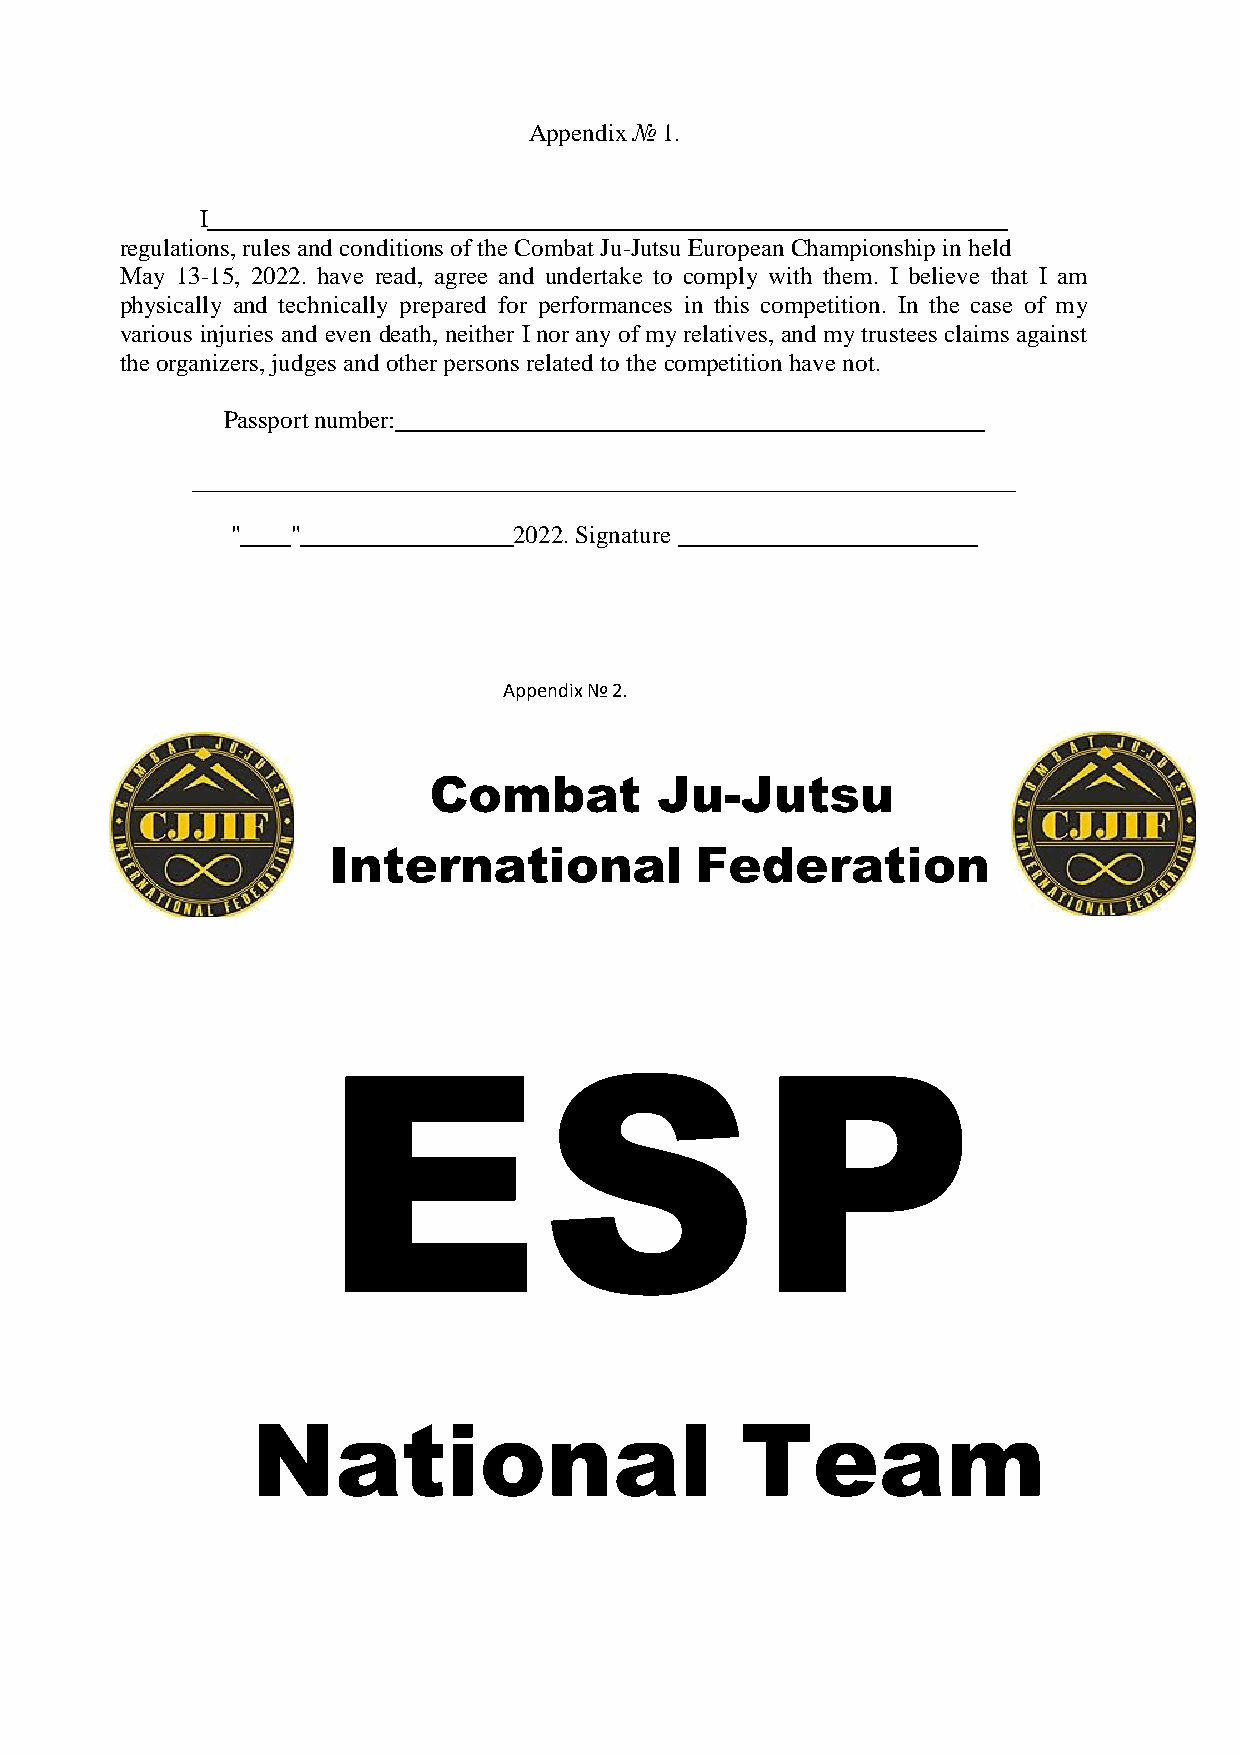
Appendix № 1.
 I
 regulations, rules and conditions of the Combat Ju-Jutsu European Championship in held
 May 13-15, 2022. have read, agree and undertake to comply with them. I believe that I am
 physically and technically prepared for performances in this competition. In the case of my
 various injuries and even death, neither I nor any of my relatives, and my trustees claims against
 the organizers, judges and other persons related to the competition have not.
 Passport number:
 "   "              2022. Signature
 Appendix № 2.
 Combat          Ju-Jutsu
 International           Federation
 ESP
 National                        Team